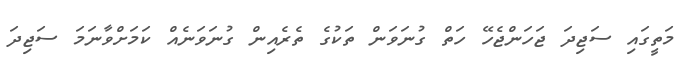
މަތީގައި ސަޖިދަ ޖަހަންޖެހޭ ހަތް ގުނަވަން ތަކުގެ ތެރެއިން ގުނަވަނެއް ކަމަށްވާނަމަ ސަޖިދަ